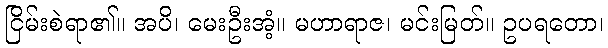
ငြိမ်းစဲရာ၏။ အပိ၊ မေးဦးအံ့။ မဟာရာဇ၊ မင်းမြတ်။ ဥပရတော၊